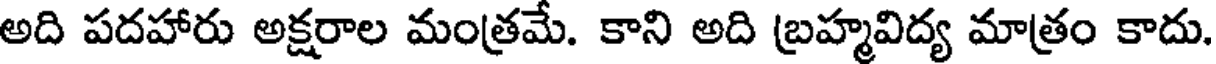
అది పదహారు అక్షరాల మంత్రమే. కాని అది బ్రహ్మవిద్య మాత్రం కాదు.